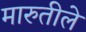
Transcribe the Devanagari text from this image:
मारुतीले